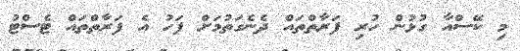
މި ކޭސްއާ ގުޅުން ހުރި ފަރާތްތައް ދެނެގަތުމަށް ފަހު އެ ފަރާތްތައް ޓެސްޓު